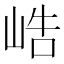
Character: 峼